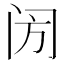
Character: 𨸂